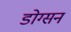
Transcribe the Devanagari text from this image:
डोग्सन